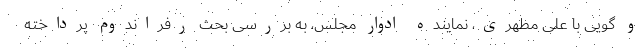
و گویی با علی مطهری، نماینده ادوار مجلس، به بررسی بحث رفراندوم پرداخته